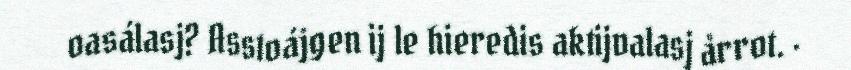
oasálasj? Asstoájgen ij le hieredis aktijvalasj årrot. ·